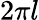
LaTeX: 2\pi l